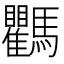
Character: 𩧚